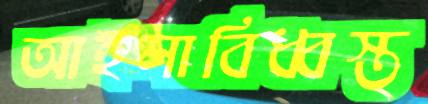
আইলাবিধ্বস্ত